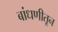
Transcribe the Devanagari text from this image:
बांधणीतून